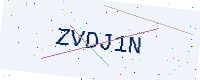
Text: ZVDJ1N